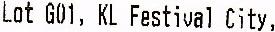
LOT G01, KL FESTIVAL CITY,